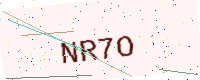
Text: NR7O